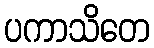
ပကာသိတေ